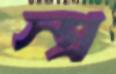
স্প্র